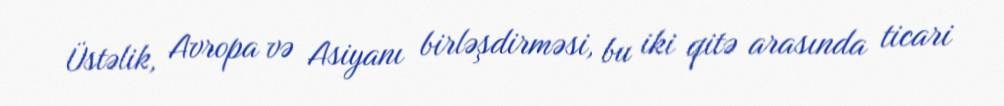
Üstəlik, Avropa və Asiyanı birləşdirməsi, bu iki qitə arasında ticari